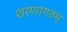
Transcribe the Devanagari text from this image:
शरणागतम्‌